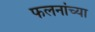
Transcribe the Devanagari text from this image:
फलनांच्या